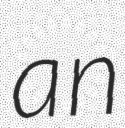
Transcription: an